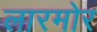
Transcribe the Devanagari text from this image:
लारमोर